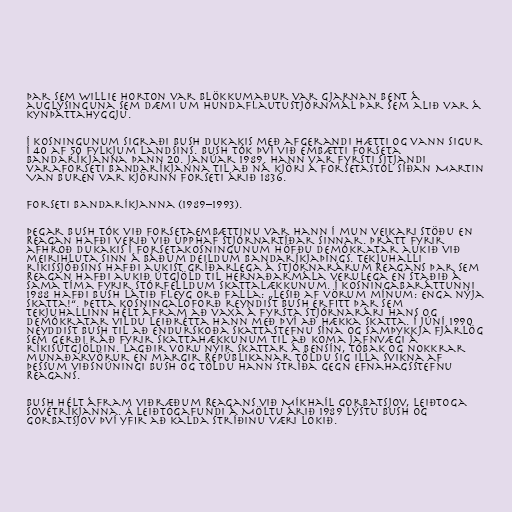
Þar sem Willie Horton var blökkumaður var gjarnan bent á
auglýsinguna sem dæmi um hundaflautustjórnmál þar sem alið var á
kynþáttahyggju.

Í kosningunum sigraði Bush Dukakis með afgerandi hætti og vann sigur
í 40 af 50 fylkjum landsins. Bush tók því við embætti forseta
Bandaríkjanna þann 20. janúar 1989. Hann var fyrsti sitjandi
varaforseti Bandaríkjanna til að ná kjöri á forsetastól síðan Martin
Van Buren var kjörinn forseti árið 1836.

Forseti Bandaríkjanna (1989–1993).

Þegar Bush tók við forsetaembættinu var hann í mun veikari stöðu en
Reagan hafði verið við upphaf stjórnartíðar sinnar. Þrátt fyrir
afhroð Dukakis í forsetakosningunum höfðu Demókratar aukið við
meirihluta sinn á báðum deildum Bandaríkjaþings. Tekjuhalli
ríkissjóðsins hafði aukist gríðarlega á stjórnarárum Reagans þar sem
Reagan hafði aukið útgjöld til hernaðarmála verulega en staðið á
sama tíma fyrir stórfelldum skattalækkunum. Í kosningabaráttunni
1988 hafði Bush látið fleyg orð falla: „Lesið af vörum mínum: Enga nýja
skatta!“. Þetta kosningaloforð reyndist Bush erfitt þar sem
tekjuhallinn hélt áfram að vaxa á fyrsta stjórnarári hans og
Demókratar vildu leiðrétta hann með því að hækka skatta. Í júní 1990
neyddist Bush til að endurskoða skattastefnu sína og samþykkja fjárlög
sem gerði ráð fyrir skattahækkunum til að koma jafnvægi á
ríkisútgjöldin. Lagðir voru nýir skattar á bensín, tóbak og nokkrar
munaðarvörur en margir Repúblikanar töldu sig illa svikna af
þessum viðsnúningi Bush og töldu hann stríða gegn efnahagsstefnu
Reagans.

Bush hélt áfram viðræðum Reagans við Míkhaíl Gorbatsjov, leiðtoga
Sovétríkjanna. Á leiðtogafundi á Möltu árið 1989 lýstu Bush og
Gorbatsjov því yfir að kalda stríðinu væri lokið.